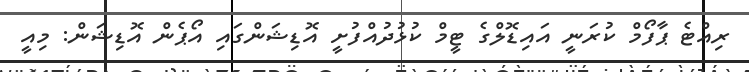
ރިއްޓެ ޕާފޯމް ކުރަނީ އައިޑޮލްގެ ޓީމް ކުޅުދުއްފުށީ އޮޑިޝަންގައި އޯޕެން އޮޑިޝަން: މިއީ